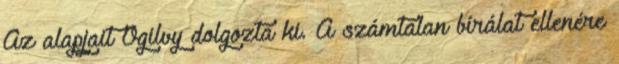
Az alapjait Ogilvy dolgozta ki. A számtalan bírálat ellenére